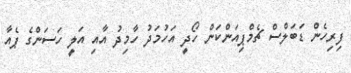
ފިރިހެން ޑަބަލްސް ޗެމްޕިއަންކަން ހޯދީ އަހުމަދު ހާމިދު އާއި އަލީ ހަސަންގެ ޕެއާ